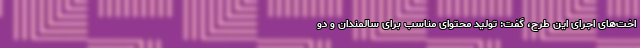
اخت‌های اجرای این طرح، گفت: تولید محتوای مناسب برای سالمندان و دو